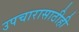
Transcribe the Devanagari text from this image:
उपचारासाठीही